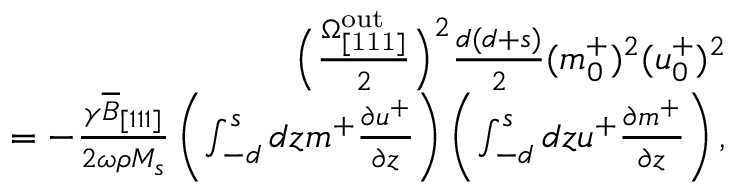
\begin{array} { r } { \Big ( \frac { \Omega _ { \mathrm { [ 1 1 1 ] } } ^ { \mathrm { o u t } } } { 2 } \Big ) ^ { 2 } \frac { d ( d + s ) } { 2 } ( m _ { 0 } ^ { + } ) ^ { 2 } ( u _ { 0 } ^ { + } ) ^ { 2 } } \\ { = - \frac { \gamma \overline { { B } } _ { [ 1 1 1 ] } } { 2 \omega \rho M _ { s } } \left( \int _ { - d } ^ { s } d z m ^ { + } \frac { \partial u ^ { + } } { \partial z } \right) \left( \int _ { - d } ^ { s } d z u ^ { + } \frac { \partial m ^ { + } } { \partial z } \right) , } \end{array}